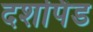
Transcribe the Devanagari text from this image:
दशपिंड